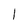
Character: I